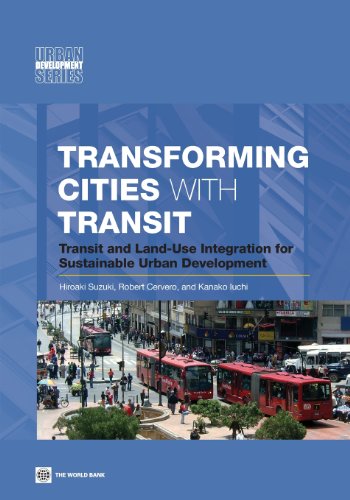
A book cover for Transforming Cities with Transit: Transit and Land-Use Integration for Sustainable Urban Development; Hiroaki Suzuki; Business & Money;